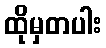
ထိုမှတပါး